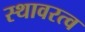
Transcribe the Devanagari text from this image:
स्थावरत्व